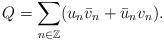
LaTeX: \begin{align*}Q = \sum_{n \in \mathbb{Z}} (u_n \bar{v}_n + \bar{u}_n v_n).\end{align*}